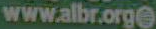
www.albr.orge